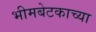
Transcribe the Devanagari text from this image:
भीमबेटकाच्या